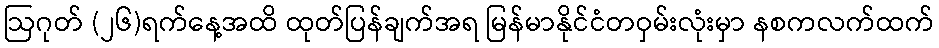
ဩဂုတ် (၂၆)ရက်နေ့အထိ ထုတ်ပြန်ချက်အရ မြန်မာနိုင်ငံတဝှမ်းလုံးမှာ နစကလက်ထက်